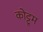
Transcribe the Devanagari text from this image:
कोट्टूम